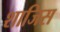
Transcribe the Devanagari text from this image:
शाजिस